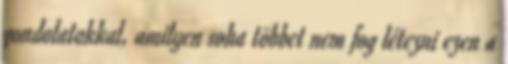
gondolatokkal, amilyen soha többet nem fog létezni ezen a